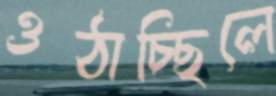
ওঠাচ্ছিলে